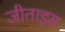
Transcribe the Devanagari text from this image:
जीताइस